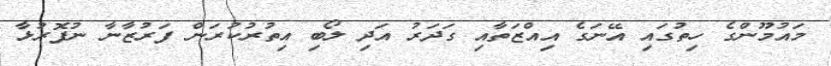
މައުމޫންގެ ހިތުގައި އޭނަގެ އިއްޒަތާއި ގަދަރު އަދި ލޯބި އިތުރުކުރަން ފަރުޒާނާ ނުފޮރުޅާ